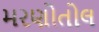
મરણોતોલ